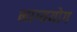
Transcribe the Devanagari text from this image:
भाग्ययोग